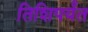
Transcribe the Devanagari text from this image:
तिशिपर्यंत